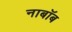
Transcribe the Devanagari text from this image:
नाबॉब